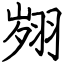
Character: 翙